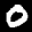
Label: 0